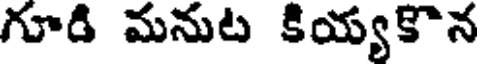
గూడి మనుట కియ్యకొన